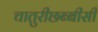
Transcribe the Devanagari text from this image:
चातुरीछब्बीसी